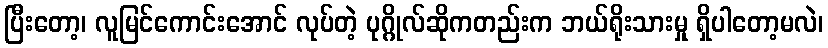
ပြီးတော့၊ လူမြင်ကောင်းအောင် လုပ်တဲ့ ပုဂ္ဂိုလ်ဆိုကတည်းက ဘယ်ရိုးသားမှု ရှိပါတော့မလဲ၊